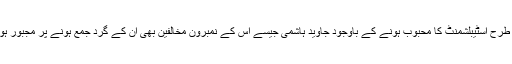
اسی طرح اسٹیبلشمنٹ کا محبوب ہونے کے باوجود جاوید ہاشمی جیسے اس کے نمبرون مخالفین بھی ان کے گرد جمع ہونے پر مجبور ہوئے۔